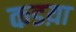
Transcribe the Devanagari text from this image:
कडय़ा